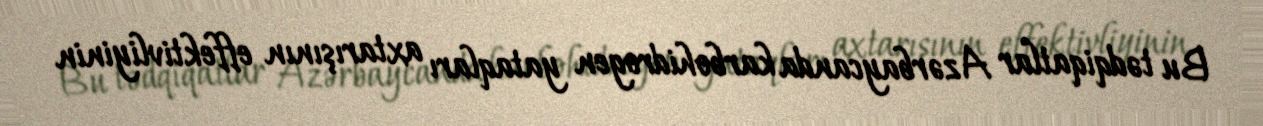
Bu tədqiqatlar Azərbaycanda karbohidrogen yataqları axtarışının effektivliyinin